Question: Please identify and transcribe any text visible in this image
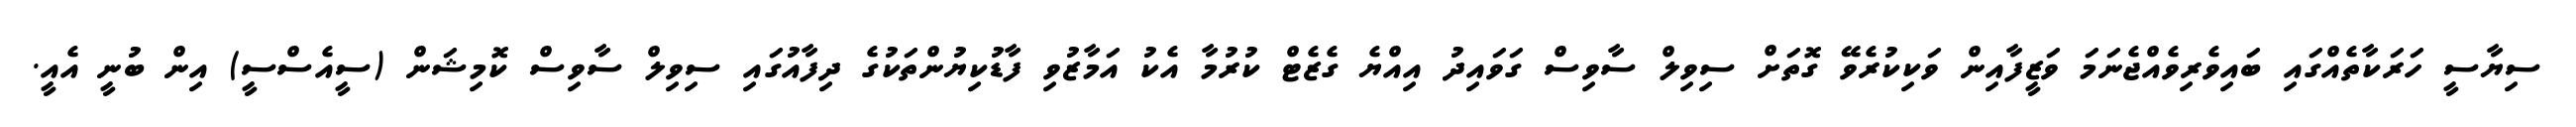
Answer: ސިޔާސީ ހަރަކާތެއްގައި ބައިވެރިވެއްޖެނަމަ ވަޒީފާއިން ވަކިކުރެވޭ ގޮތަށް ސިވިލް ސާވިސް ގަވައިދު އިއްޔެ ގެޒެޓް ކުރުމާ އެކު އަމާޒުވި ފާޑުކިޔުންތަކުގެ ދިފާއުގައި ސިވިލް ސާވިސް ކޮމިޝަން (ސީއެސްސީ) އިން ބުނީ އެއީ.